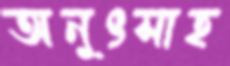
অনুৎসাহ